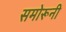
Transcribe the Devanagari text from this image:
समोरूनी